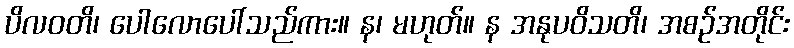
ပိလဝတိ၊ ပေါလောပေါ်သည်ကား။ န၊ မဟုတ်။ န အနုပဝိသတိ၊ အစဉ်အတိုင်း